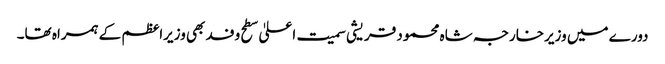
دورے میں وزیرخارجہ شاہ محمود قریشی سمیت اعلیٰ سطح وفد بھی وزیراعظم کے ہمراہ تھا۔